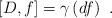
LaTeX: \begin{align*}\lbrack D,f]=\gamma \left( df\right) ~.\end{align*}